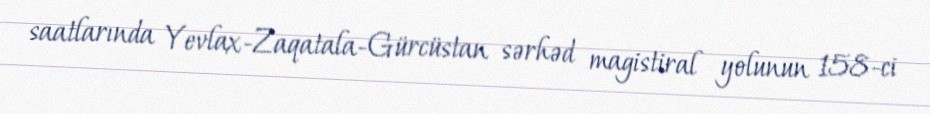
saatlarında Yevlax-Zaqatala-Gürcüstan sərhəd magistiral yolunun 158-ci